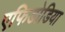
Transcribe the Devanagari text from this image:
एफिडोडिया